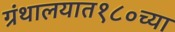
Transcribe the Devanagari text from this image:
ग्रंथालयात१८०च्या